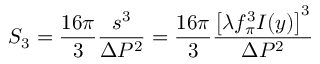
S _ { 3 } = \frac { 1 6 \pi } { 3 } \frac { s ^ { 3 } } { \Delta P ^ { 2 } } = \frac { 1 6 \pi } { 3 } \frac { \left[ \lambda f _ { \pi } ^ { 3 } I ( y ) \right] ^ { 3 } } { \Delta P ^ { 2 } }